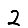
Digit: 2